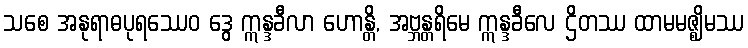
သစေ အနုရာဓပုရဿေဝ ဒွေ ဣန္ဒခီလာ ဟောန္တိ, အဗ္ဘန္တရိမေ ဣန္ဒခီလေ ဌိတဿ ထာမမဇ္ဈိမဿ